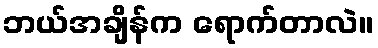
ဘယ်အချိန်က ရောက်တာလဲ။